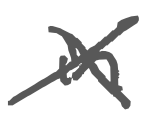
Text: in
Cross-out: cross
Writing tool: digital_gray